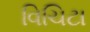
વિચિટા